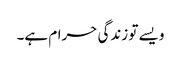
ویسے تو زندگی حرام ہے۔